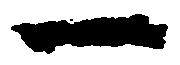
一